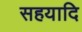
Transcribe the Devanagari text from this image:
सहयादि